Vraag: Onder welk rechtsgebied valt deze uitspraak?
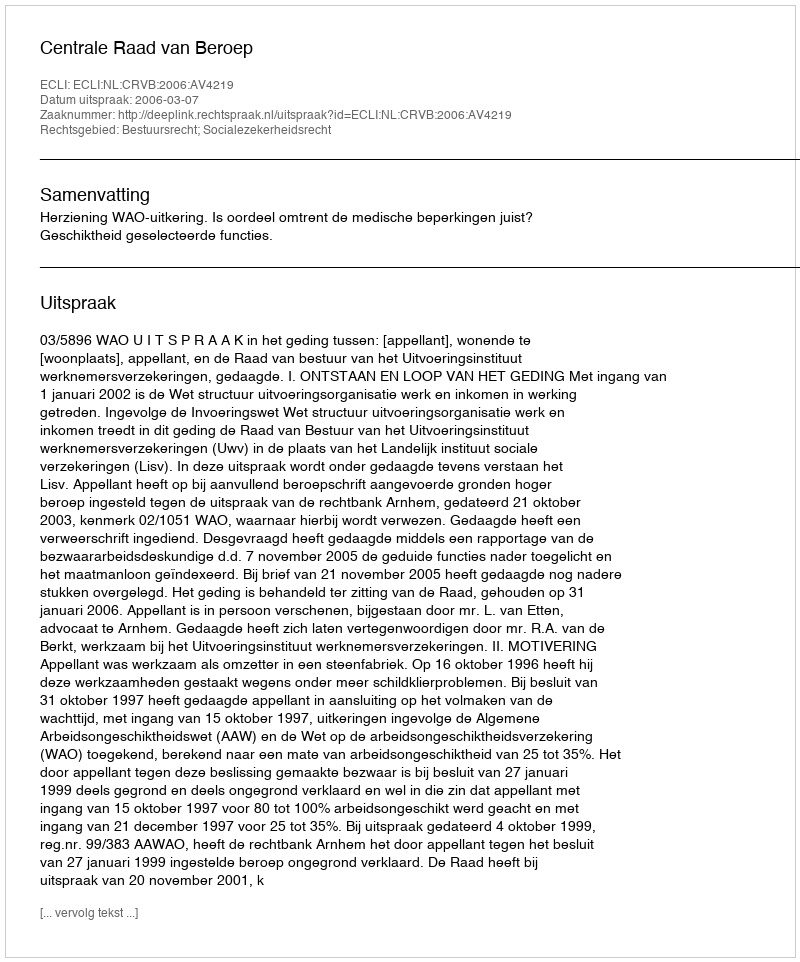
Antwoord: Bestuursrecht; Socialezekerheidsrecht